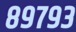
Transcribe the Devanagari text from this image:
८९७९३